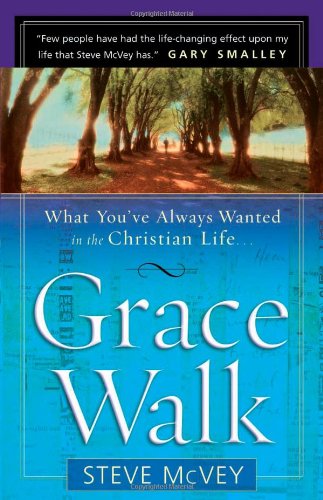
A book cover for Grace Walk: What You've Always Wanted in the Christian Life; Steve McVey; Christian Books & Bibles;